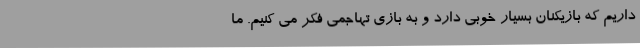
داریم که بازیکنان بسیار خوبی دارد و به بازی تهاجمی فکر می کنیم. ما